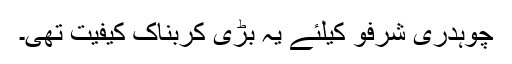
چوہدری شرفو کیلئے یہ بڑی کربناک کیفیت تھی۔